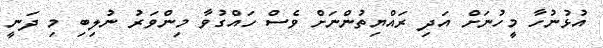
އުޅުނުހާ މީހުނަށް އަދި ރައްޔިތުންނަށް ވެސް ހައްގުވާ މިންވަރު ނުލިބި މި ދަނީ